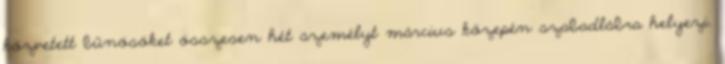
közvetett bűnösöket összesen hét személyt március közepén szabadlábra helyezi.